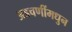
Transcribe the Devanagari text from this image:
अडचणींमधुन